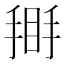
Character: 𢰿